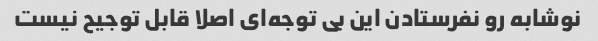
نوشابه رو‌ نفرستادن این بی توجه‌ای اصلا قابل توجیح نیست